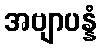
အဗျာပန္နံ